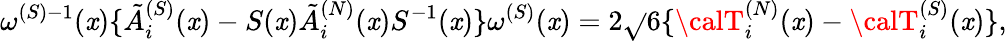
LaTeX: \omega^{(S)-1}(\mathit{x})\{ \tilde{{A}}_{i}^{(S)}(\mathit{x})-S(\mathit{x})\tilde{{A}}_{i}^{(N)}(\mathit{x})S^{-1}(\mathit{x})\} \omega^{(S)}(\mathit{x})=2\sqrt{}{{6}}\{ {\calT}_{i}^{(N)}(\mathit{x})-{\calT}_{i}^{(S)}(\mathit{x})\} ,